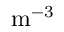
\mathrm { m ^ { - 3 } }